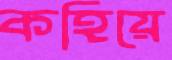
কহিয়ে